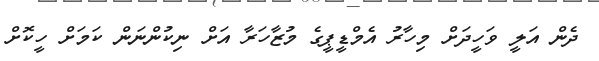
ދެން އަލީ ވަހީދަށް މިހާރު އެމްޑީޕީގެ މުޒާހަރާ އަށް ނިކުންނަން ކަމަށް ހީކޮށް